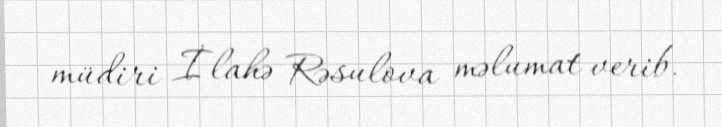
müdiri İlahə Rəsulova məlumat verib.